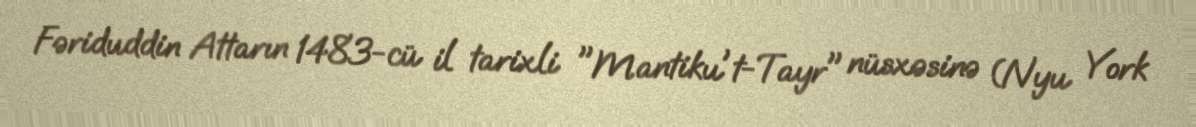
Fəriduddin Attarın 1483-cü il tarixli "Mantiku't-Tayr" nüsxəsinə (Nyu York